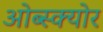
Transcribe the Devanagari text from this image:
ओब्स्क्योर